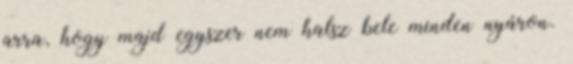
arra, hogy majd egyszer nem halsz bele minden nyáron.